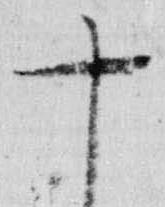
十